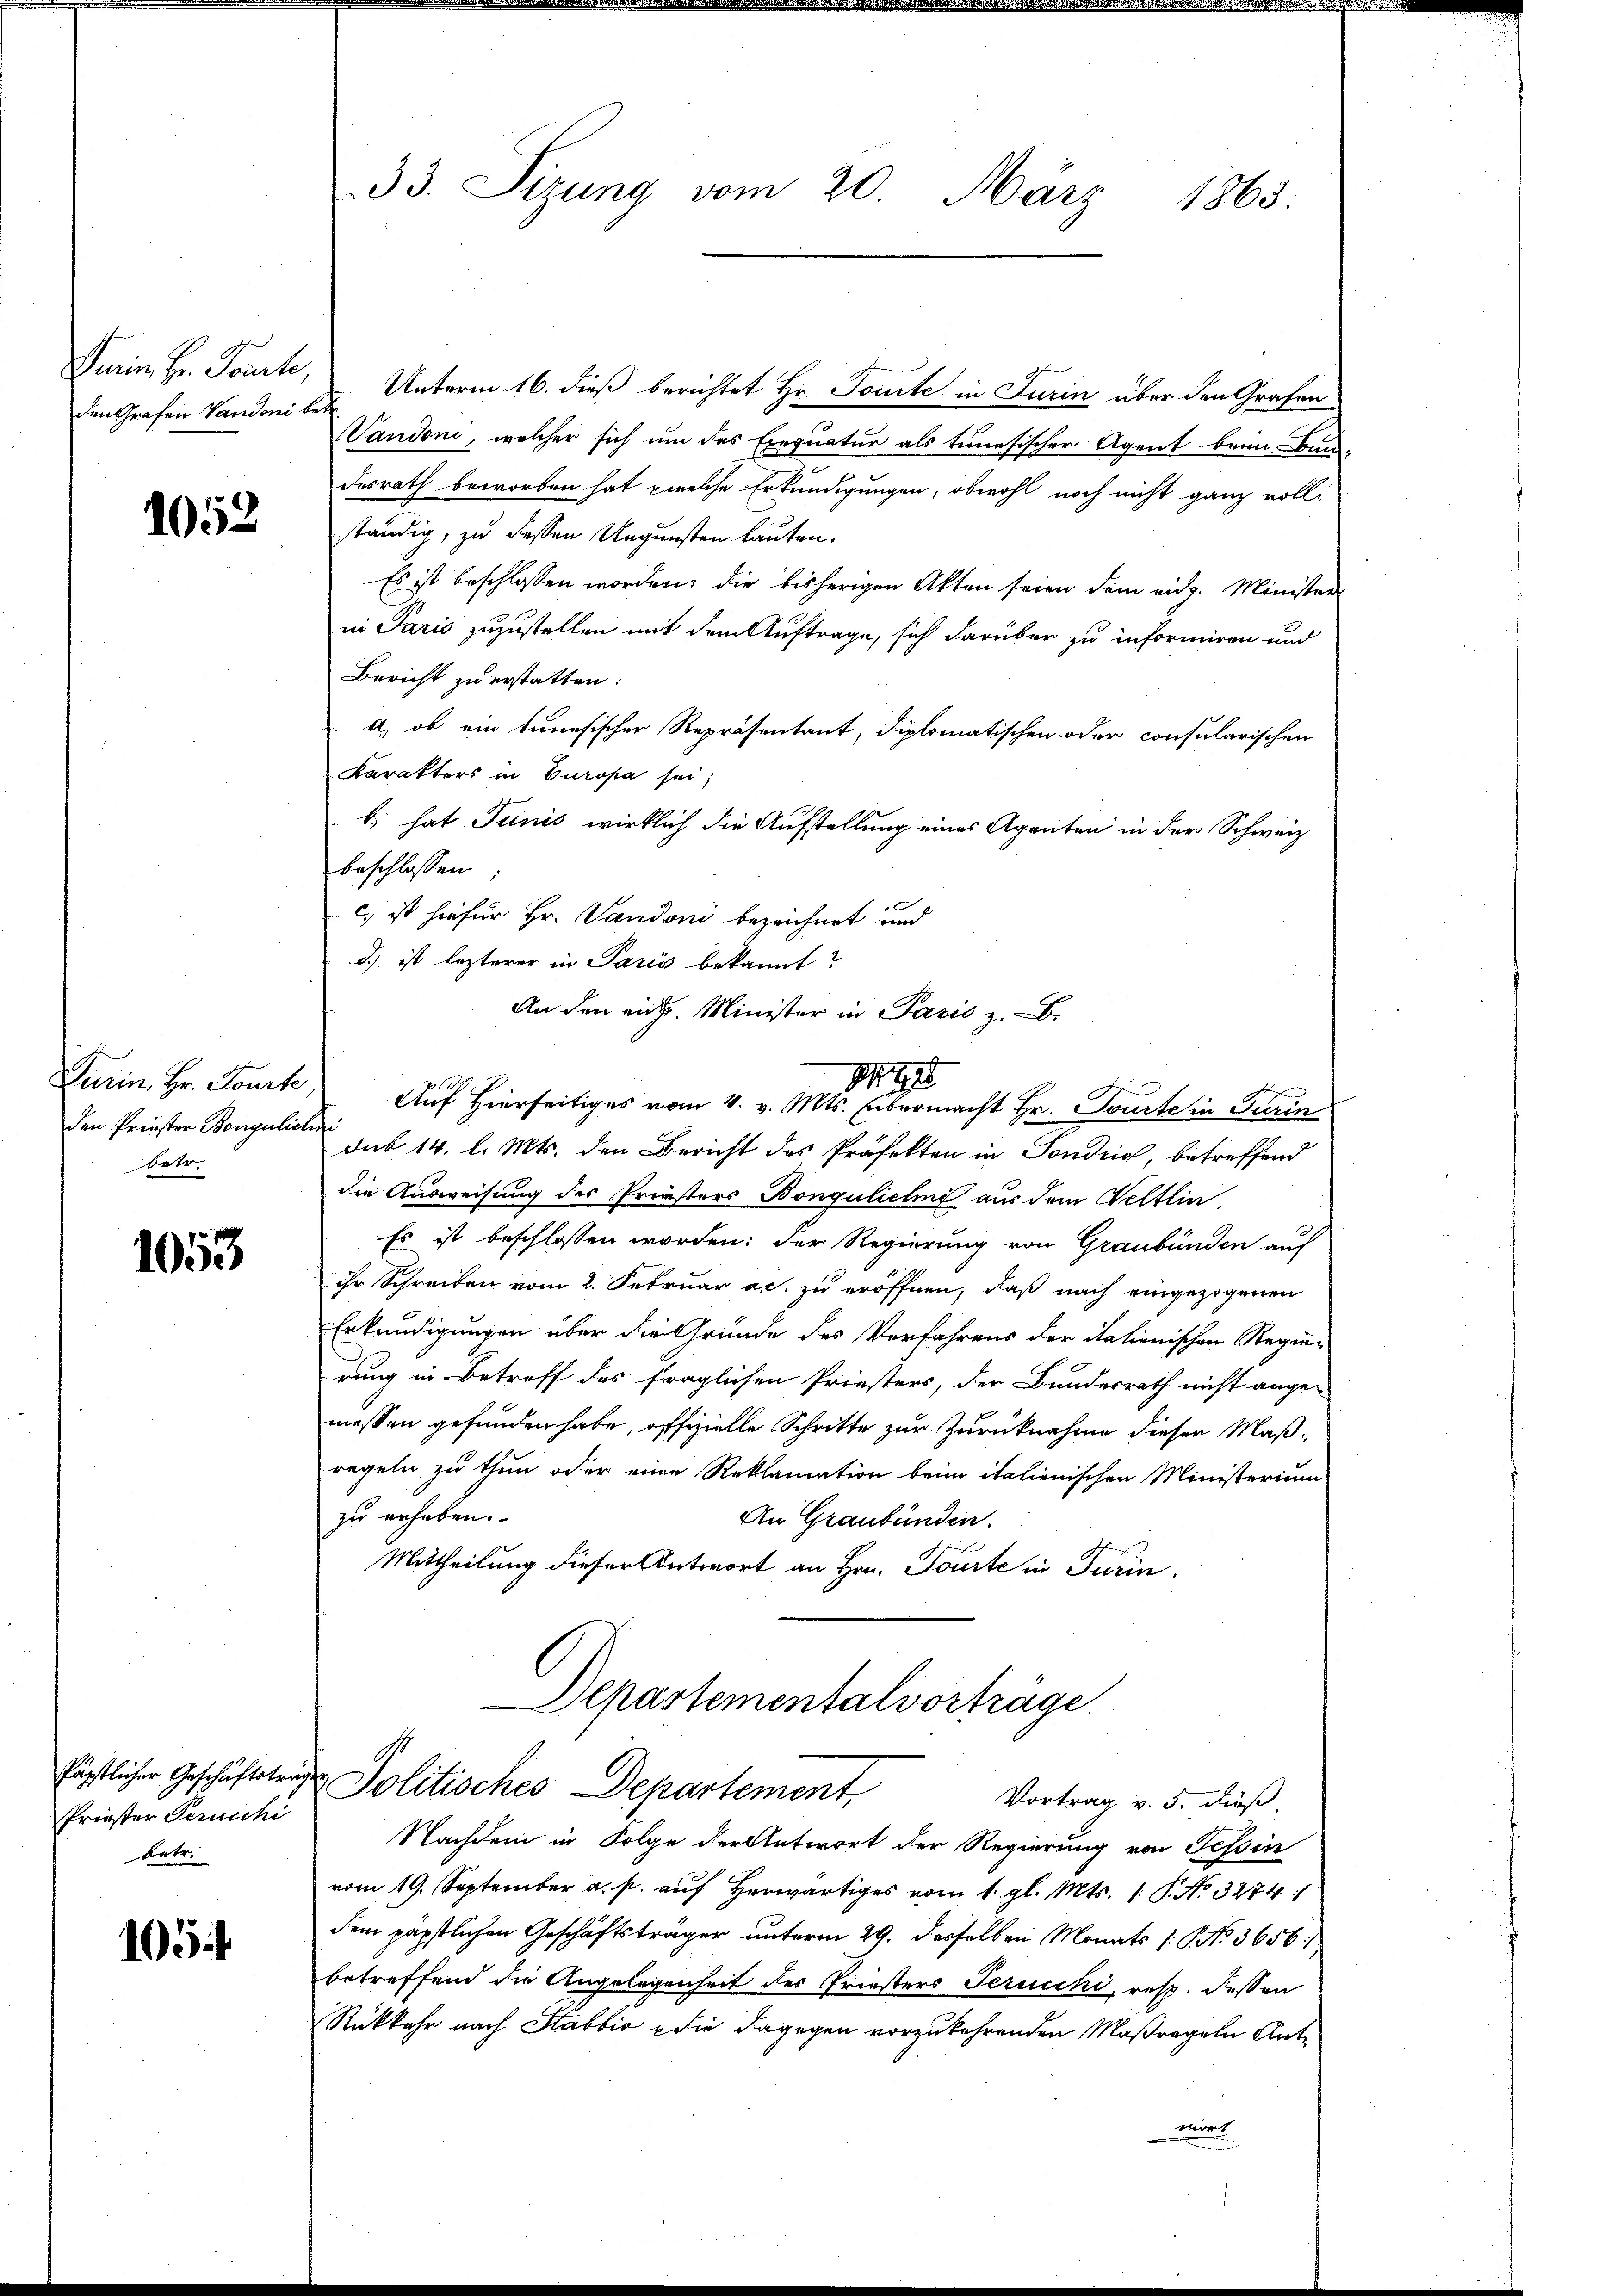
den Grafen Vandoni betr.

1052

Den Priester Bongulichu
betr.

1053

Priester Peruechi
betr.

103

Furin, Hr. Tourte, Unterm 16. dieß berichtet Hr. Toute in Turin über den Grafen
Vandoni, welcher sich um des Exequatur als tunesischer Agent beim Bundesrath beworben hat, welche Erkundigungen, obwohl noch nicht ganz vollständig, zu dessen Ungunsten lauten.
Es ist beschlossen worden, die bisherigen Akten seien dein eidg. Minister
in Paris zuzustellen mit dem Auftrage, sich darüber zu informiren und
Bericht zu erstatten.
a, ob ein tunesischer Repräsentant, diplomatischen oder consularischen
Karakters in Europa sei;
b.) hat Junis wirklich die Aufstellung eines Agenten in der Schweiz
beschlossen:
c.) ist hiefür Hr. Sandoni bezeichnet und
d.) ist lezterer in Paris bekannt?
An den eint. Minister in Paris z. B.
Turin, Hr. Fourte Auf Hierseitiges vom 4. v. Mts. übermacht Hr. Toute in Turin
Sub 14. l. Mts. den Bericht des Präfekten in Sondris, betreffend
die Ausweisung des Priesters Bongulichni aus dem Veltlin,
Es ist beschlossen worden: der Regierung von Graubünden auf
ihr Schreiben vom 2. Februar ac. zu eröffnen, daß nach eingezogenen
Erkundigungen über die Gründe des Verfahrens der italienischen Regie-
rung in Betreff des fraglichen Priesters, der Bundesrath nicht ange-
messen gefunden habe, offizielle Schritte zur Zurücknahme dieser Maßregeln zu thun oder eine Reklamation beim italienischen Ministerium
zu erhaben.
An Graubünden.
Mittheilung dieser Antwort an Hrn. Tourte in Turin
Departementalvorträge.
fäpstlicher Geschäftstrige Politisches Departement,
Vortrag v. 5. dieß,
Nachdem in Folge der Antwort der Regierung von Tessin
vom 19. September a. p. auf herwärtiges vom 1. gl. Mts. 1. P. No. 3274/
dem päpstlichen Geschäftsträger unterm 29. desselben Monats /: NNo. 3656/
betreffend die Angelegenheit des Priesters Jeruschi, resp. dessen
Rükkehr nach Stabbio die dagegen vorzukehrenden Maßregeln Antwirt

33. Sizung vom 20. März 1863.

199